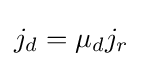
j_{d}={\mu }_{d}j_{r}